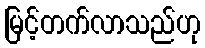
မြင့်တက်လာသည်ဟု